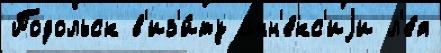
Подольск в'из'и́ту анн'е́кс'иjи л'е́я